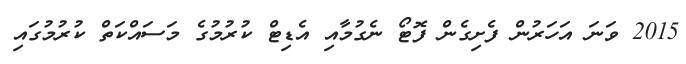
2015 ވަނަ އަހަރުން ފެށިގެން ފޮޓޯ ނެގުމާއި އެޑިޓް ކުރުމުގެ މަސައްކަތް ކުރުމުގައި